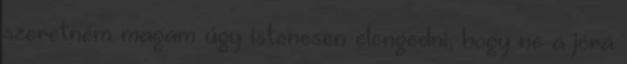
szeretném magam úgy istenesen elengedni, hogy ne a jóra